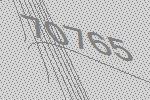
70765